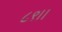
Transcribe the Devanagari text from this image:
८९।।